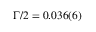
\Gamma / 2 = 0 . 0 3 6 ( 6 )